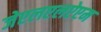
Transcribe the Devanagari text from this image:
जेएलएलऐएम